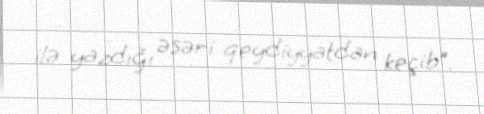
ilə yazdığı əsəri qeydiyyatdan keçib”.